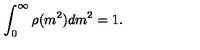
\int _ { 0 } ^ { \infty } \rho ( m ^ { 2 } ) d m ^ { 2 } = 1 .